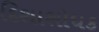
દિશાશોધક